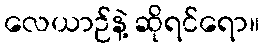
လေယာဉ်နဲ့ ဆိုရင်ရော။